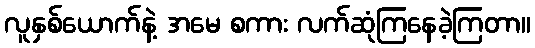
လူနှစ်ယောက်နဲ့ အမေ စကား လက်ဆုံကြနေခဲ့ကြတာ။